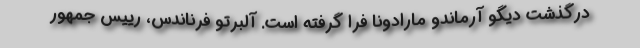
درگذشت دیگو آرماندو مارادونا فرا گرفته است. آلبرتو فرناندس، رییس جمهور